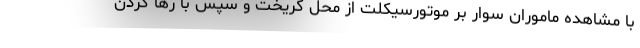
با مشاهده ماموران سوار بر موتورسیکلت از محل گریخت و سپس با رها کردن